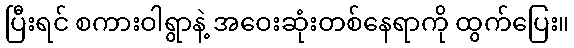
ပြီးရင် စကားဝါရွာနဲ့ အဝေးဆုံးတစ်နေရာကို ထွက်ပြေး။